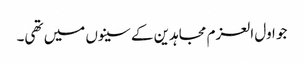
جو اول العزم مجاہدین کے سینوں میں تھی۔